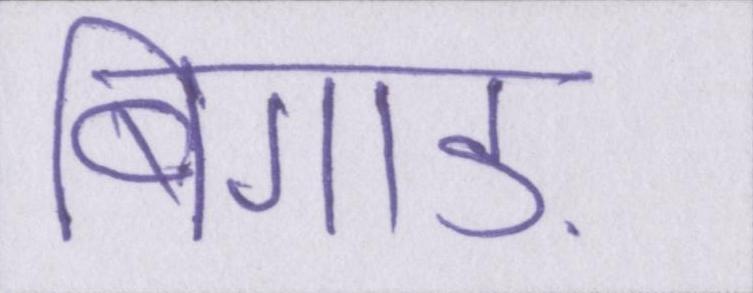
बिगाड़